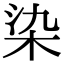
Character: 染